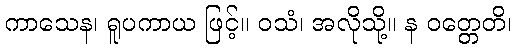
ကာသေန၊ ရူပကာယ ဖြင့်။ ဝသံ၊ အလိုသို့။ န ဝတ္တေတိ၊